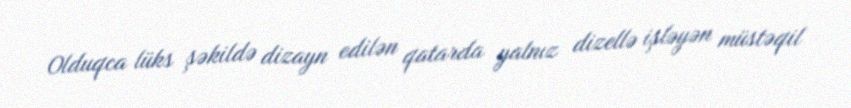
Olduqca lüks şəkildə dizayn edilən qatarda yalnız dizellə işləyən müstəqil